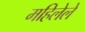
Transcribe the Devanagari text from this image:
महिलेले